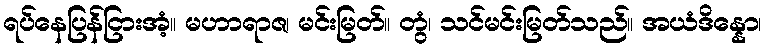
ရပ်နေပြန်ငြားအံ့။ မဟာရာဇ၊ မင်းမြတ်။ တွံ၊ သင်မင်းမြတ်သည်။ အယံဒိန္နော၊